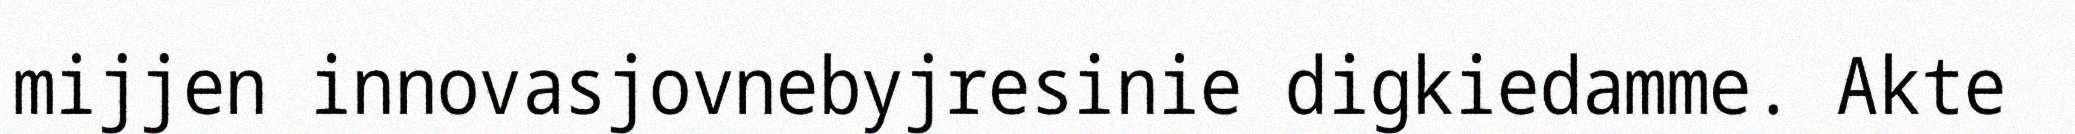
mijjen innovasjovnebyjresinie digkiedamme. Akte